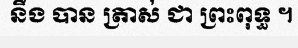
នឹង បាន ត្រាស់ ជា ព្រះពុទ្ធ ។